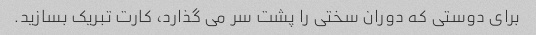
برای دوستی که دوران سختی را پشت سر می گذارد، کارت تبریک بسازید.